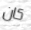
كان